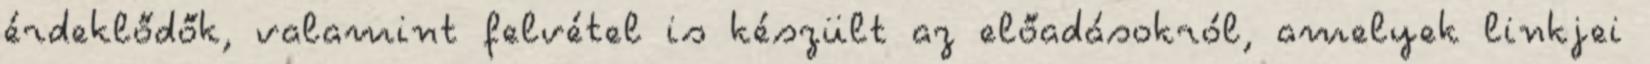
érdeklődők, valamint felvétel is készült az előadásokról, amelyek linkjei